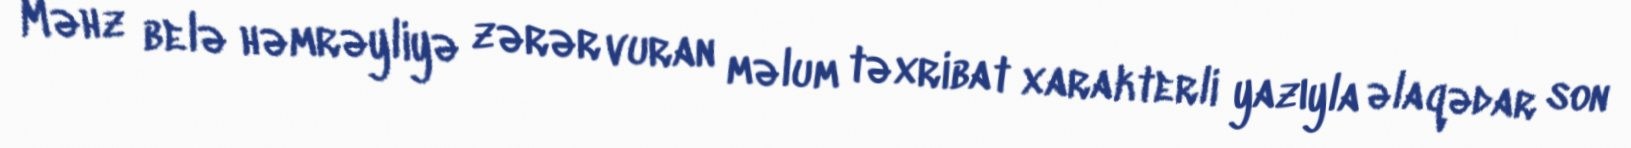
Məhz belə həmrəyliyə zərər vuran məlum təxribat xarakterli yazıyla əlaqədar son